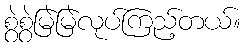
စွဲစွဲမြဲမြဲလုပ်ကြည့်တယ်။